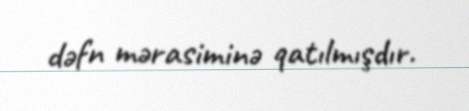
dəfn mərasiminə qatılmışdır.